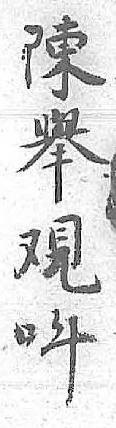
陳呌舉 覌